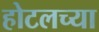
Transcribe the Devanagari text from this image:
होटलच्या